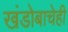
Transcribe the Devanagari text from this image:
खंडोबाचेही